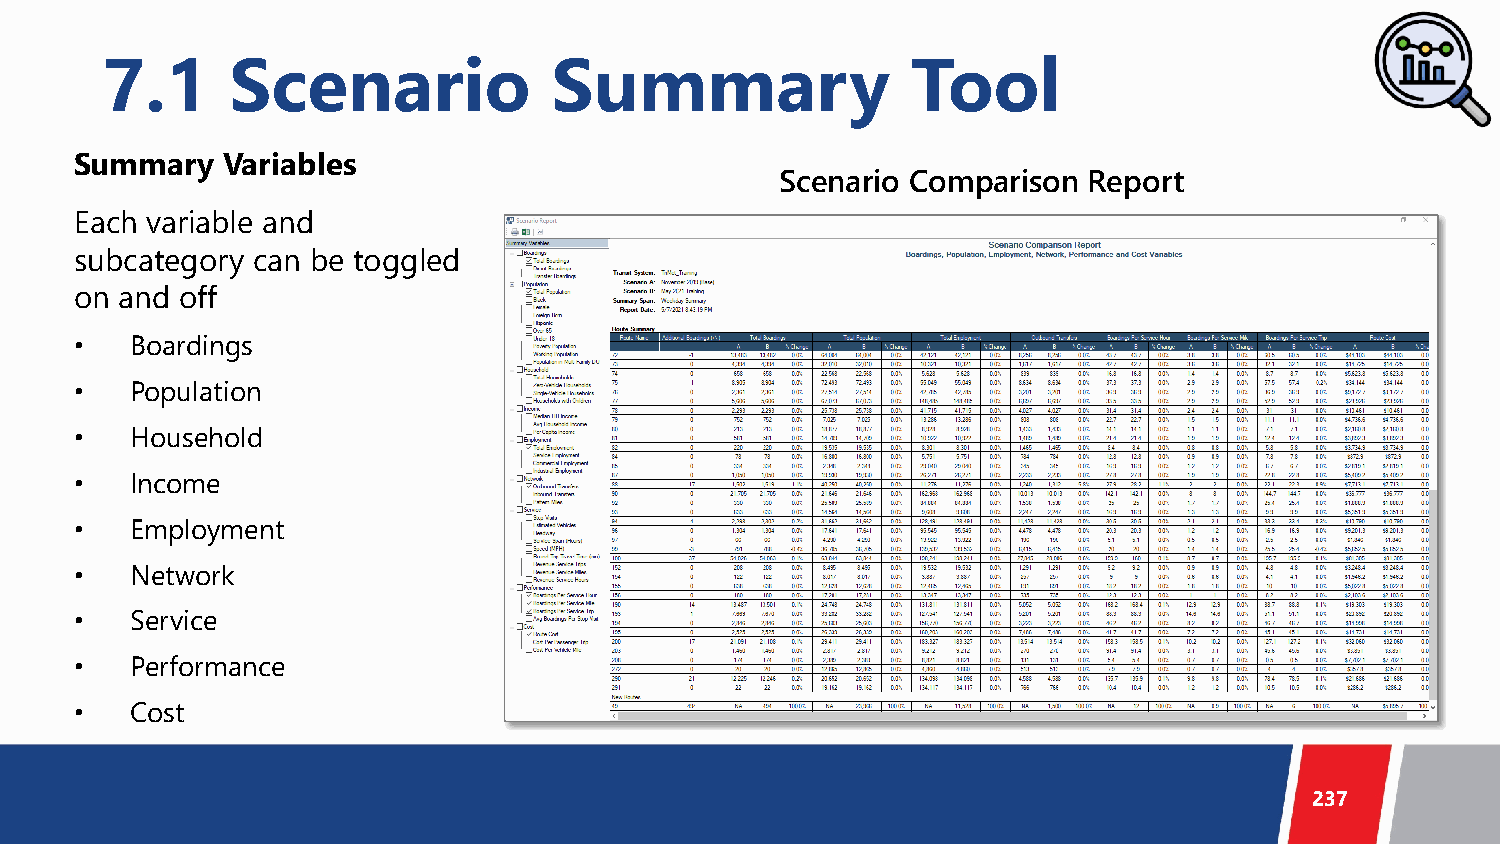
7.1     Scenario              Summary                Tool
 Summary   Variables
 Scenario Comparison Report
 Each variable and
 subcategory can be toggled
 on and off
 •   Boardings
 •   Population
 •   Household
 •   Income
 •   Employment
 •   Network
 •   Service
 •   Performance
 •   Cost
 237